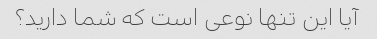
آیا این تنها نوعی است که شما دارید؟